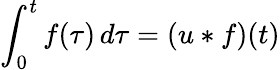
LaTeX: \int_{0}^{t}f(\tau)\, d\tau=(u*f)(t)